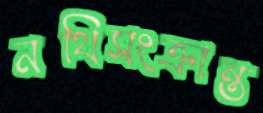
নথিসংক্রান্ত